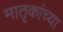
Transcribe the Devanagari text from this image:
मातृकांच्या